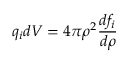
q _ { i } d V = 4 \pi \rho ^ { 2 } \frac { d f _ { i } } { d \rho }